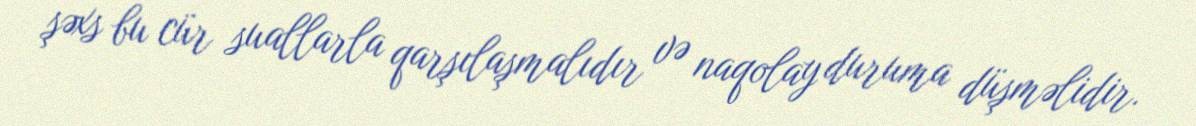
şəxs bu cür suallarla qarşılaşmalıdır və naqolay duruma düşməlidir.